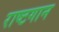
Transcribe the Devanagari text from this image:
राष्टगान